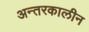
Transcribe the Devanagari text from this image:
अन्तरकालीन